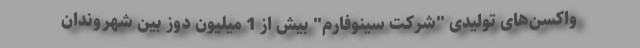
واکسن‌های تولیدی "شرکت سینوفارم" بیش از 1 میلیون دوز بین شهروندان